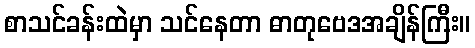
စာသင်ခန်းထဲမှာ သင်နေတာ ဓာတုဗေဒအချိန်ကြီး။